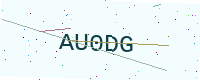
Text: AU0DG